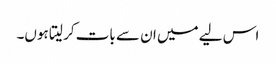
اس لیے میں ان سے بات کر لیتا ہوں۔